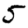
Digit: 5